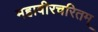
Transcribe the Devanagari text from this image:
महावीरचरितम्